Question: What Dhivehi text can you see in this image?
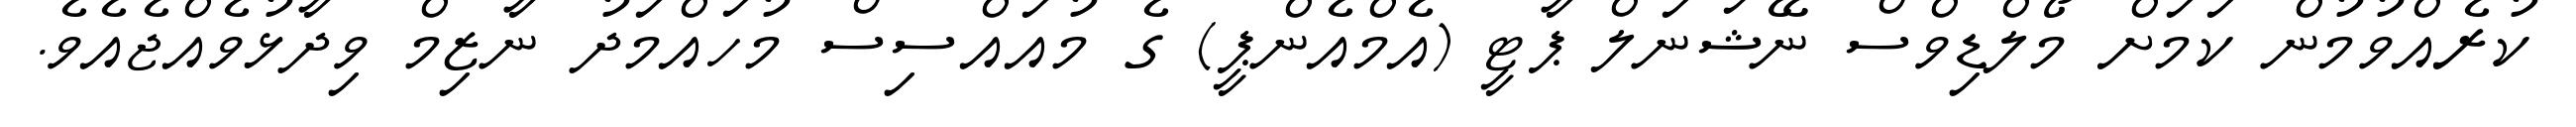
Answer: ކުރެއްވުމުން ކަމަށް މޯލްޑިވްސް ނޭޝަނަލް ޕާޓީ (އެމްއެންޕީ) ގެ މުއައްސިސް މުހައްމަދު ނާޒިމް ވިދާޅުވެއްޖެއެވެ.